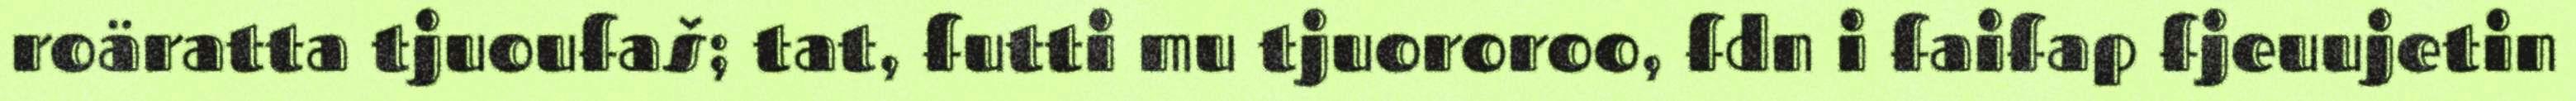
roäratta tjuoufaš; tat, futti mu tjuororoo, fdn i faifap fjeuujetin